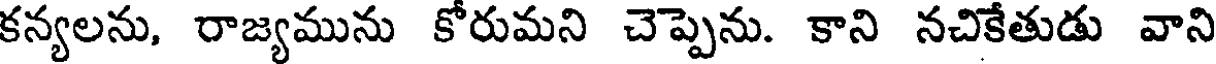
కన్యలను, రాజ్యమును కోరుమని చెప్పెను. కాని నచికేతుడు వాని